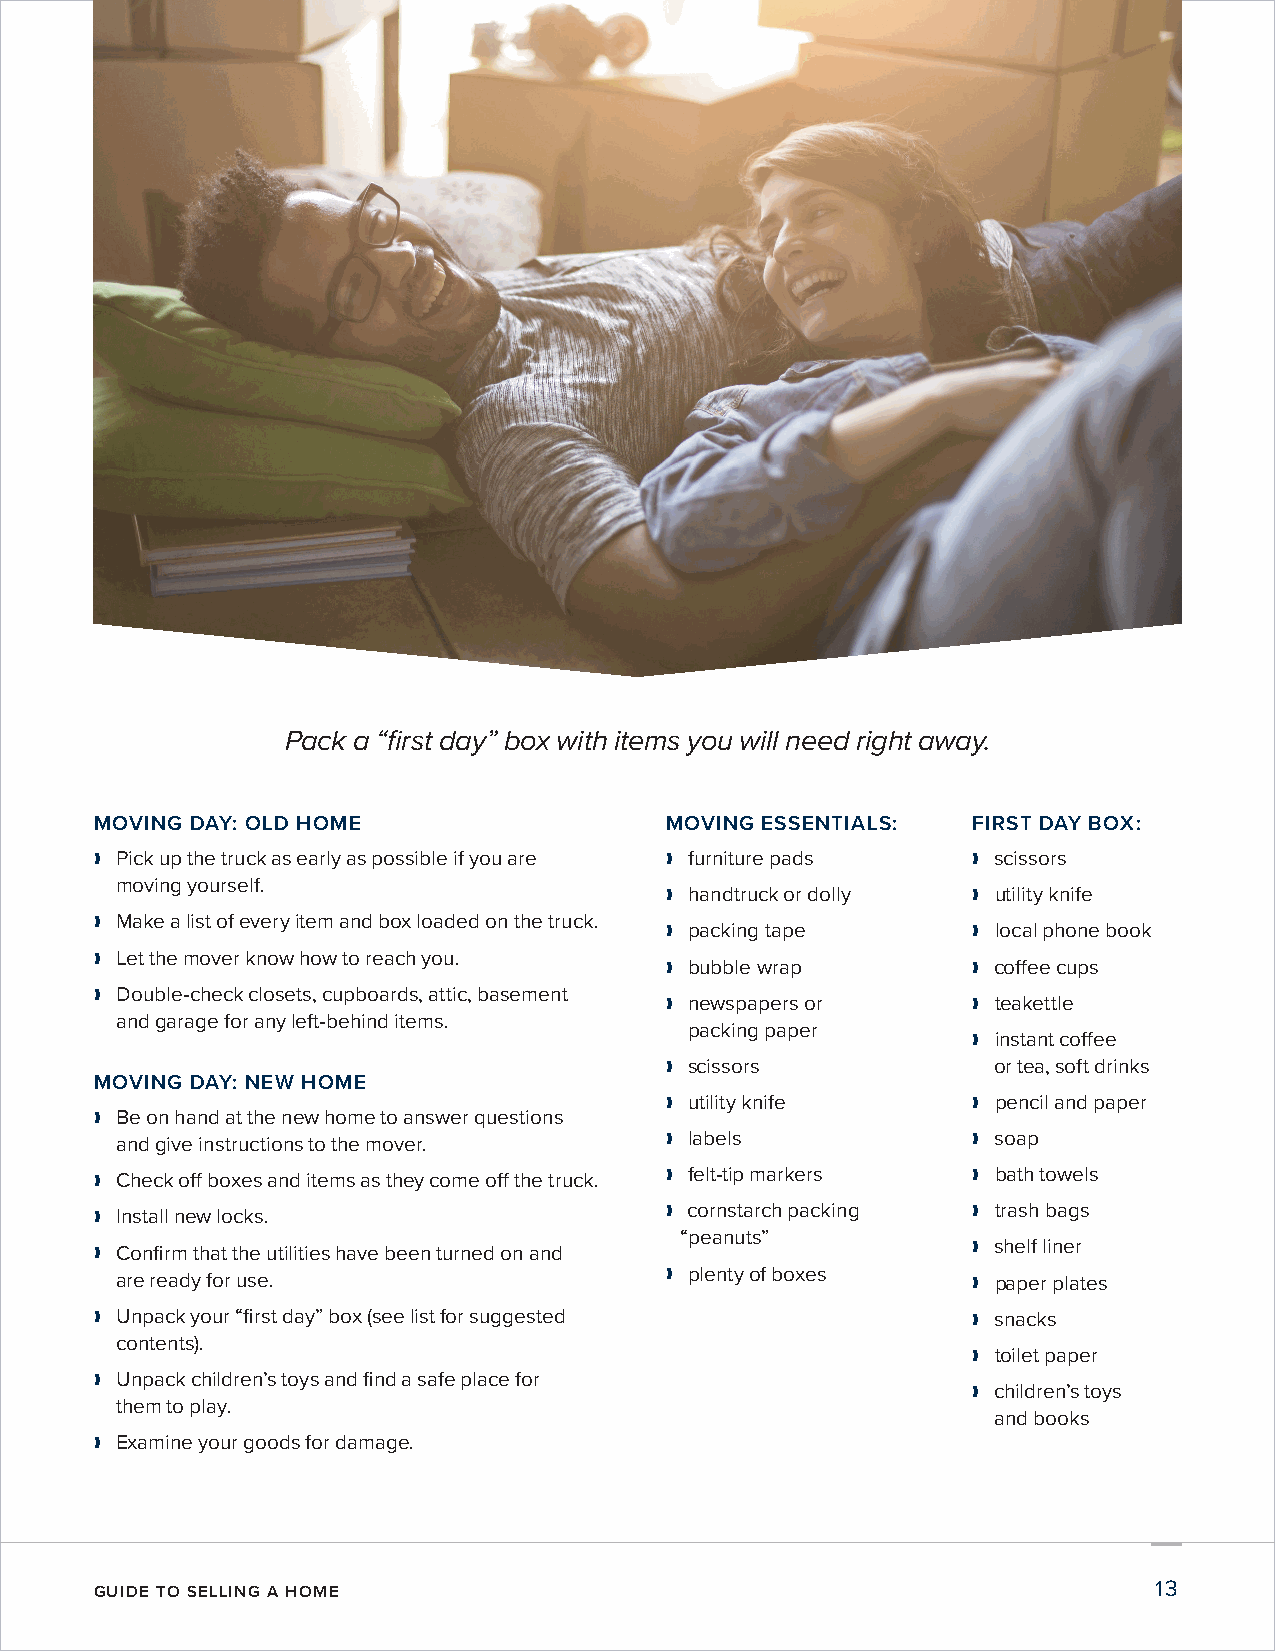
Pack a “first day” box with items you will need right away.
 MOVING DAY: OLD HOME                  MOVING ESSENTIALS:  FIRST DAY BOX:
 ❱❱ Pick up the truck as early as possible if you are ❱❱ furniture pads ❱❱ scissors
 moving yourself.
 ❱❱ handtruck or dolly ❱❱ utility knife
 ❱❱ Make a list of every item and box loaded on the truck.
 ❱❱ packing tape     ❱❱ local phone book
 ❱❱ Let the mover know how to reach you.
 ❱❱ bubble wrap      ❱❱ coffee cups
 ❱❱ Double-check closets, cupboards, attic, basement
 ❱❱ newspapers or    ❱❱ teakettle
 and garage for any left-behind items.
 packing paper
 ❱❱ instant coffee
 ❱❱ scissors           or tea, soft drinks
 MOVING DAY: NEW HOME
 ❱❱ utility knife    ❱❱ pencil and paper
 ❱❱ Be on hand at the new home to answer questions
 and give instructions to the mover. ❱❱ labels           ❱❱ soap
 ❱❱ Check off boxes and items as they come off the truck. ❱❱ felt-tip markers ❱❱ bath towels
 ❱❱ Install new locks.                 ❱❱ cornstarch packing ❱❱ trash bags
 “peanuts”
 ❱❱ Confirm that the utilities have been turned on and     ❱❱ shelf liner
 are ready for use.                  ❱❱ plenty of boxes  ❱❱ paper plates
 ❱❱ Unpack your “first day” box (see list for suggested    ❱❱ snacks
 contents).
 ❱❱ toilet paper
 ❱❱ Unpack children’s toys and find a safe place for
 ❱❱ children’s toys
 them to play.
 and books
 ❱❱ Examine your goods for damage.
 GUIDE TO SELLING A HOME                                               13